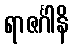
ရာဇင်္ဂါနိ